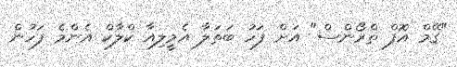
"ގޭމް އޮފް ތްރޯންސް" އަށް ފަހު ބަތަލާ އެމީލިއާ ކްލާކް އެންމެ ފަހުން